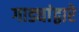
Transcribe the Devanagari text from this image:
गाड्यांद्वारे